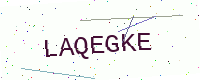
Text: LAQEGKE